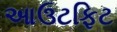
આઉટફિટ